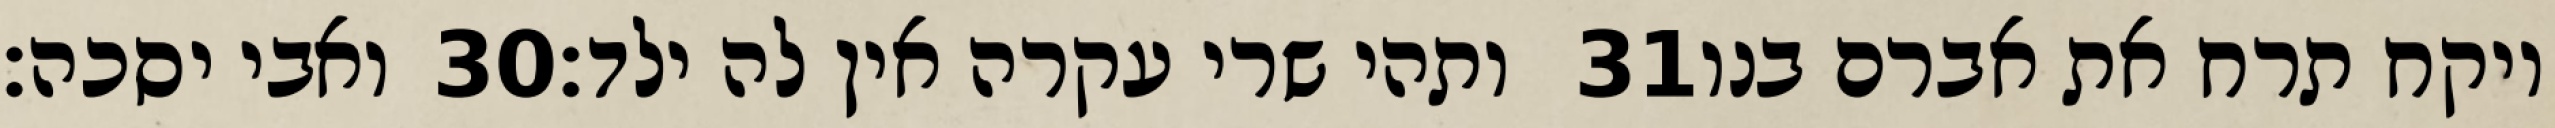
ואבי יסכה׃ ‎30‏ ותהי שרי עקרה אין לה ילד׃ ‎31‏ ויקח תרח את אברם בנו